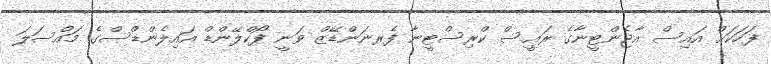
ފަހަކަށް އައިސް އާޖެންޓީނާގެ ރައީސް ކްރިސްޓީނާ ފެރނަންޑޭޒް ވަނީ ފޯކްލޭންޑް އައިލެންޑްސްގެ މައްސަލަ